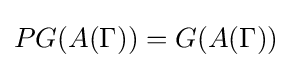
PG(A(\Gamma ))=G(A(\Gamma ))